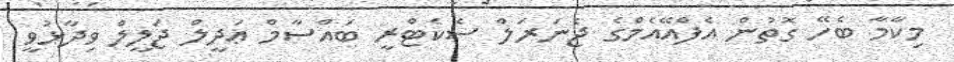
މިކާމާ ބެހޭ ގޮތުން އެފްއޭއެމްގެ ޖެނަރަލް ސެކެޓްރީ ބައްސާމް ޢަދީލް ޖަލީލް ވިދާޅުވީ